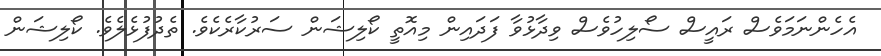
އެހެންނަމަވެސް ރައީސް ސޯލިހުވެސް ވިދާޅުވާ ފަދައިން މިއޮތީ ކޯލިޝަން ސަރުކާރެކެވެ. ތެދުފުޅެލެވެ. ކޯލިޝަން